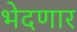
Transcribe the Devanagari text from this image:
भेदणार